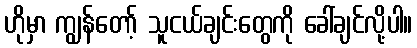
ဟိုမှာ ကျွန်တော့် သူငယ်ချင်းတွေကို ခေါ်ချင်လို့ပါ။